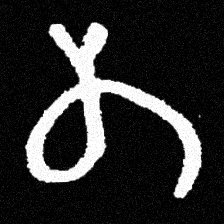
Pyu character \u2014 Myanmar letter: တ (romanized: ta)